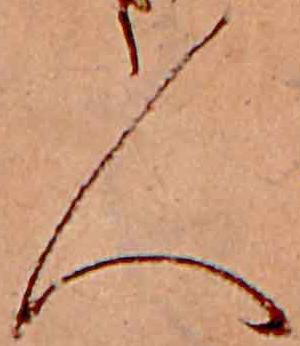
人